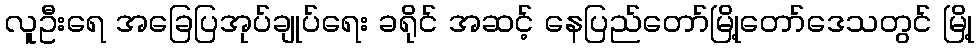
လူဦးရေ အခြေပြအုပ်ချုပ်ရေး ခရိုင် အဆင့် နေပြည်တော်မြို့တော်ဒေသတွင် မြို့